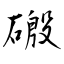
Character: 磤